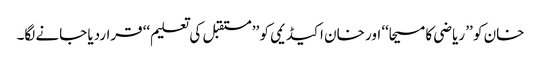
خان کو ’’ ریاضی کا مسیحا‘‘ اور خان اکیڈیمی کو ’’ مستقبل کی تعلیم‘‘ قراردیا جانے لگا۔